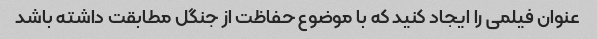
عنوان فیلمی را ایجاد کنید که با موضوع حفاظت از جنگل مطابقت داشته باشد